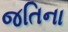
જતિના